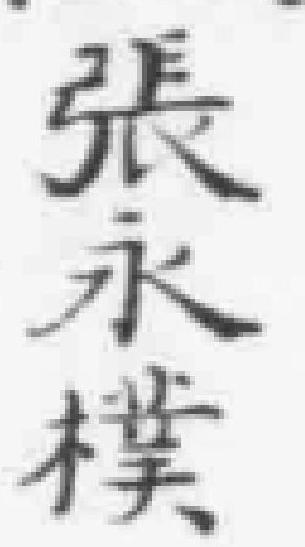
張永樸